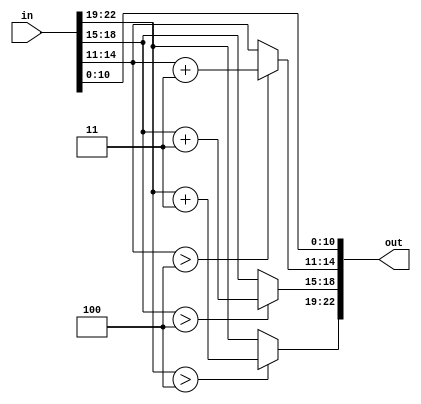
`timescale 1ns / 1ps
//////////////////////////////////////////////////////////////////////////////////
// Company: 
// Engineer: 
// 
// Design Name: 
// Module Name:    SHIFT_III 
// Project Name: 
// Target Devices: 
// Tool versions: 
// Description: 
//
// Dependencies: 
//
// Revision: 
// Revision 0.01 - File Created
// Additional Comments: 
//
//////////////////////////////////////////////////////////////////////////////////
module SHIFT_III(
   in,
	out
);

//Input Ports
input[22:0] in;

//Output Ports
output[22:0] out;

//Output Data Type
reg [22:0] out;

always @(*)
	begin
		out = in;
		if(in[22:19]>4)
			out[22:19] = in[22:19] + 4'b0011;
			
		if(in[18:15]>4)
			out[18:15] = in[18:15] + 4'b0011;
			
		if(in[14:11] >4)
		out[14:11] = in[14:11] + 4'b0011;
	end
endmodule